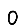
Digit: 0